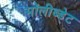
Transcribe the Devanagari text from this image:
मॉलीब्डेट